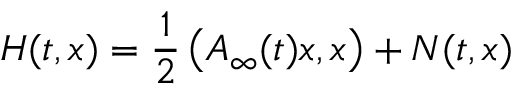
H ( t , x ) = \frac { 1 } { 2 } \left( A _ { \infty } ( t ) x , x \right) + N ( t , x )